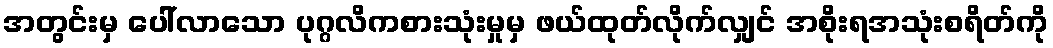
အတွင်းမှ ပေါ်လာသော ပုဂ္ဂလိကစားသုံးမှုမှ ဖယ်ထုတ်လိုက်လျှင် အစိုးရအသုံးစရိတ်ကို